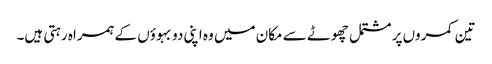
تین کمروں پر مشتمل چھوٹے سے مکان میں وہ اپنی دو بہوؤں کے ہمراہ رہتی ہیں۔